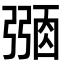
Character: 𢐜